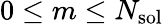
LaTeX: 0\leq m\leq N_{\mathrm{sol}}